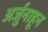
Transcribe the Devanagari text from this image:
अर्जुनाहून